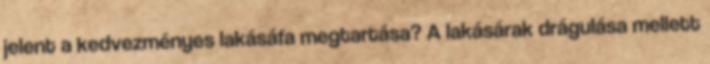
jelent a kedvezményes lakásáfa megtartása? A lakásárak drágulása mellett